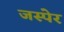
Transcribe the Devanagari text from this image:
जस्पेर